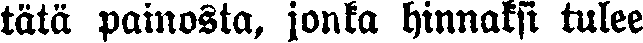
tätä painosta, jonka hinnaksi tulee